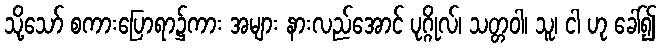
သို့သော် စကားပြောရာ၌ကား အများ နားလည်အောင် ပုဂ္ဂိုလ်၊ သတ္တဝါ၊ သူ၊ ငါ ဟု ခေါ်၍